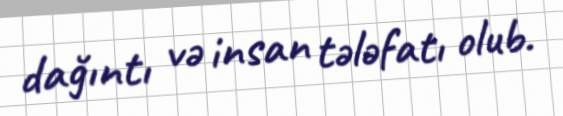
dağıntı və insan tələfatı olub.